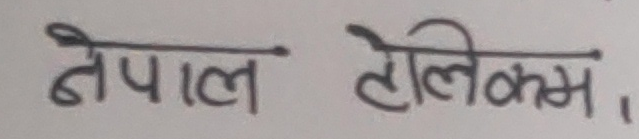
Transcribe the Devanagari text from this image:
नेपाल टेलिकम,